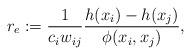
LaTeX: \begin{align*}r_e:=\frac{1}{c_iw_{ij}}\frac{h(x_i)-h(x_j)}{\phi(x_i,x_j)},\end{align*}